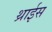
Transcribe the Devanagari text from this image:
थ्राईस